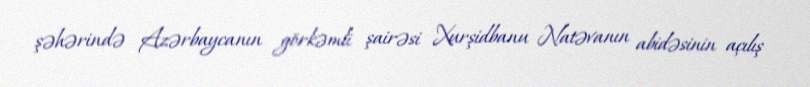
şəhərində Azərbaycanın görkəmli şairəsi Xurşidbanu Natəvanın abidəsinin açılış